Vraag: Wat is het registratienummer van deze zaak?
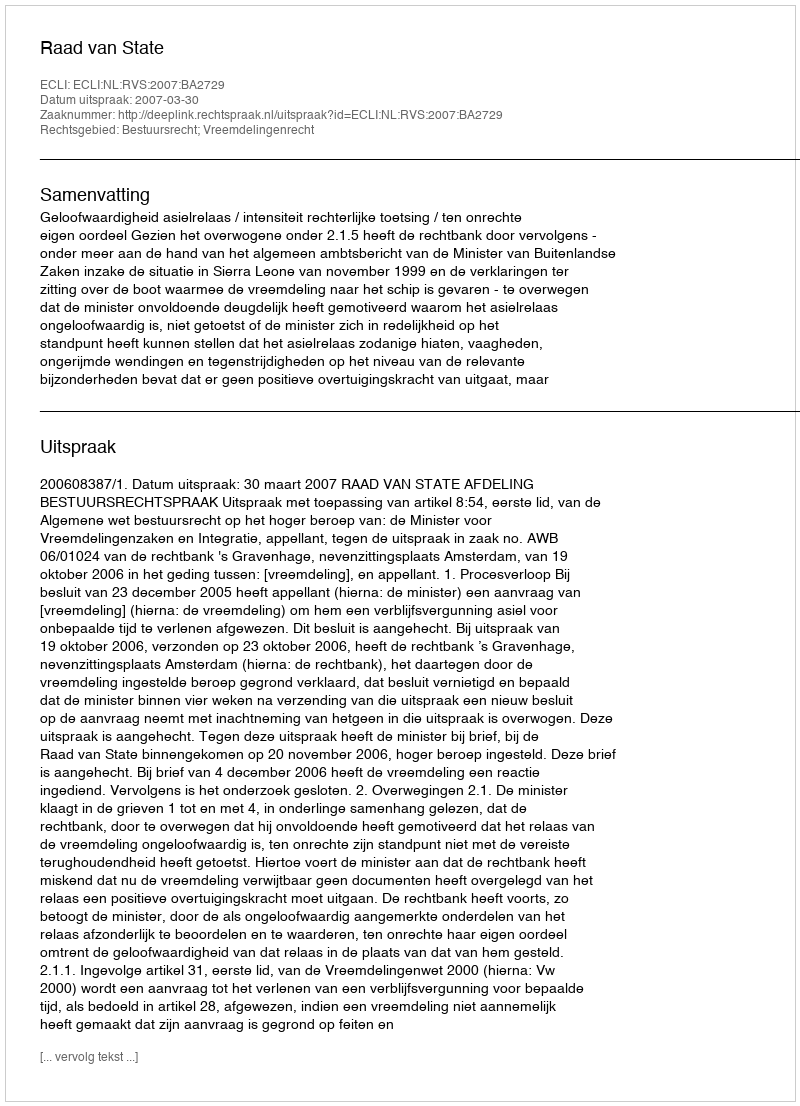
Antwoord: http://deeplink.rechtspraak.nl/uitspraak?id=ECLI:NL:RVS:2007:BA2729